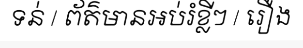
ទន់ / ព័ត៌មានអប់រំខ្លីៗ / រឿង